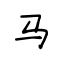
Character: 马